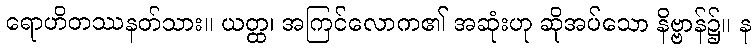
ရောဟိတဿနတ်သား။ ယတ္ထ၊ အကြင်လောက၏ အဆုံးဟု ဆိုအပ်သော နိဗ္ဗာန်၌။ န